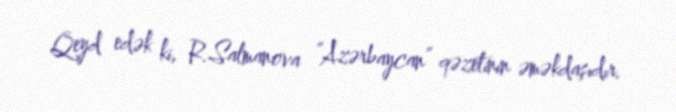
Qeyd edək ki, R.Salmanova “Azərbaycan” qəzetinin əməkdaşıdır.